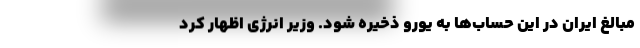
مبالغ ایران در این حساب‌ها به یورو ذخیره شود. وزیر انرژی اظهار کرد